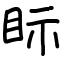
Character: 眎